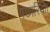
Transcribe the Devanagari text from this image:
पछारियौ।